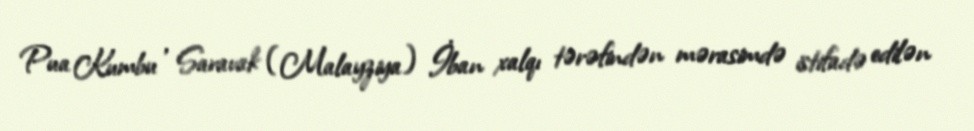
Pua Kumbu , Saravak (Malayziya) İban xalqı tərəfindən mərasimdə istifadə edilən